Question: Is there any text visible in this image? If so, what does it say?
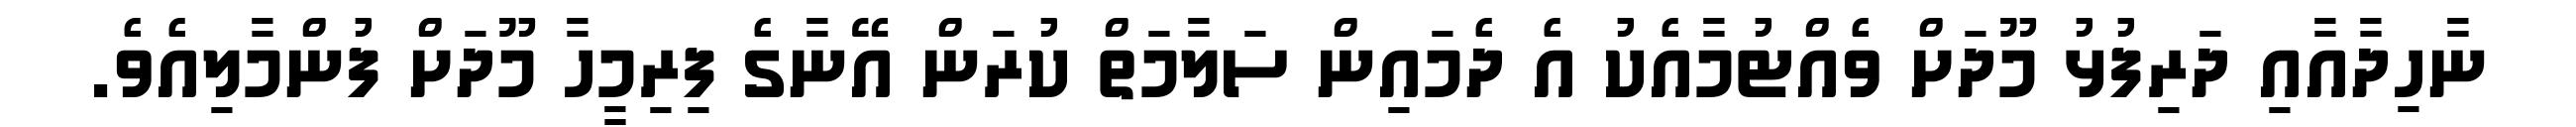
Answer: ނާހިދާއާއި ދަރިފުޅު މޫދަށް ވެއްޓުމާއެކު އެ ދެމައިން ސަލާމަތް ކުރަން އޭނާގެ ފިރިމީހާ މޫދަށް ފުންމާލިއެވެ.